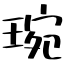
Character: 琬